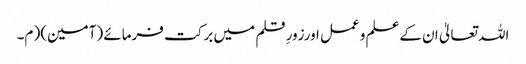
اللہ تعالیٰ ان کےعلم وعمل اورزورِ قلم میں برکت فرمائے (آمین)( م۔